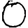
Digit: 0